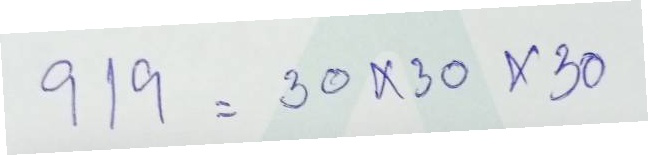
919 = 30x30x30